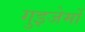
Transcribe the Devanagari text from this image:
गुइजेर्मो